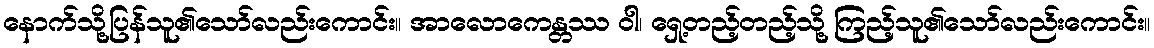
နောက်သို့ပြန်သူ၏သော်လည်းကောင်း။ အာလောကေန္တဿ ဝါ၊ ရှေ့တည့်တည့်သို့ ကြည့်သူ၏သော်လည်းကောင်း။